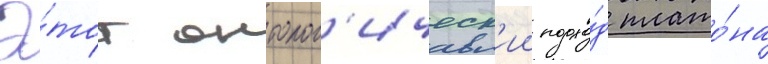
Э́тот онтолог'ическ'ии подхо́д плато́на